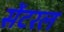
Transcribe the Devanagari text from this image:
सेंटरल